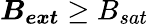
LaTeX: \boldsymbol{B_{ext}}\geq B_{sat}